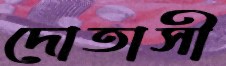
দোতাসী